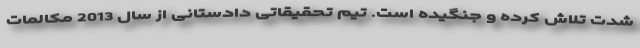
شدت تلاش کرده و جنگیده است. تیم تحقیقاتی دادستانی از سال 2013 مکالمات